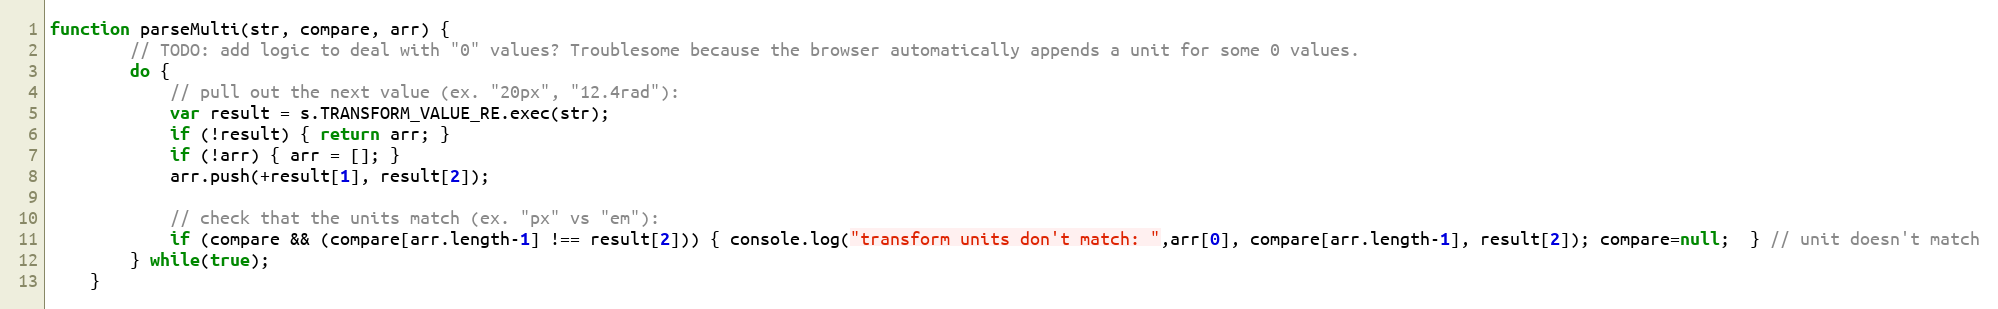
Language: JavaScript
function parseMulti(str, compare, arr) {
		// TODO: add logic to deal with "0" values? Troublesome because the browser automatically appends a unit for some 0 values.
		do {
			// pull out the next value (ex. "20px", "12.4rad"):
			var result = s.TRANSFORM_VALUE_RE.exec(str);
			if (!result) { return arr; }
			if (!arr) { arr = []; }
			arr.push(+result[1], result[2]);

			// check that the units match (ex. "px" vs "em"):
			if (compare && (compare[arr.length-1] !== result[2])) { console.log("transform units don't match: ",arr[0], compare[arr.length-1], result[2]); compare=null;  } // unit doesn't match
		} while(true);
	}